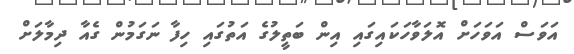
އަވަސް އަވަހަށް އޮލަވާހަކައިގައި އިން ބަތީލުގެ އަތުގައި ހިފާ ނަގަމުން ގެއާ ދިމާލަށް